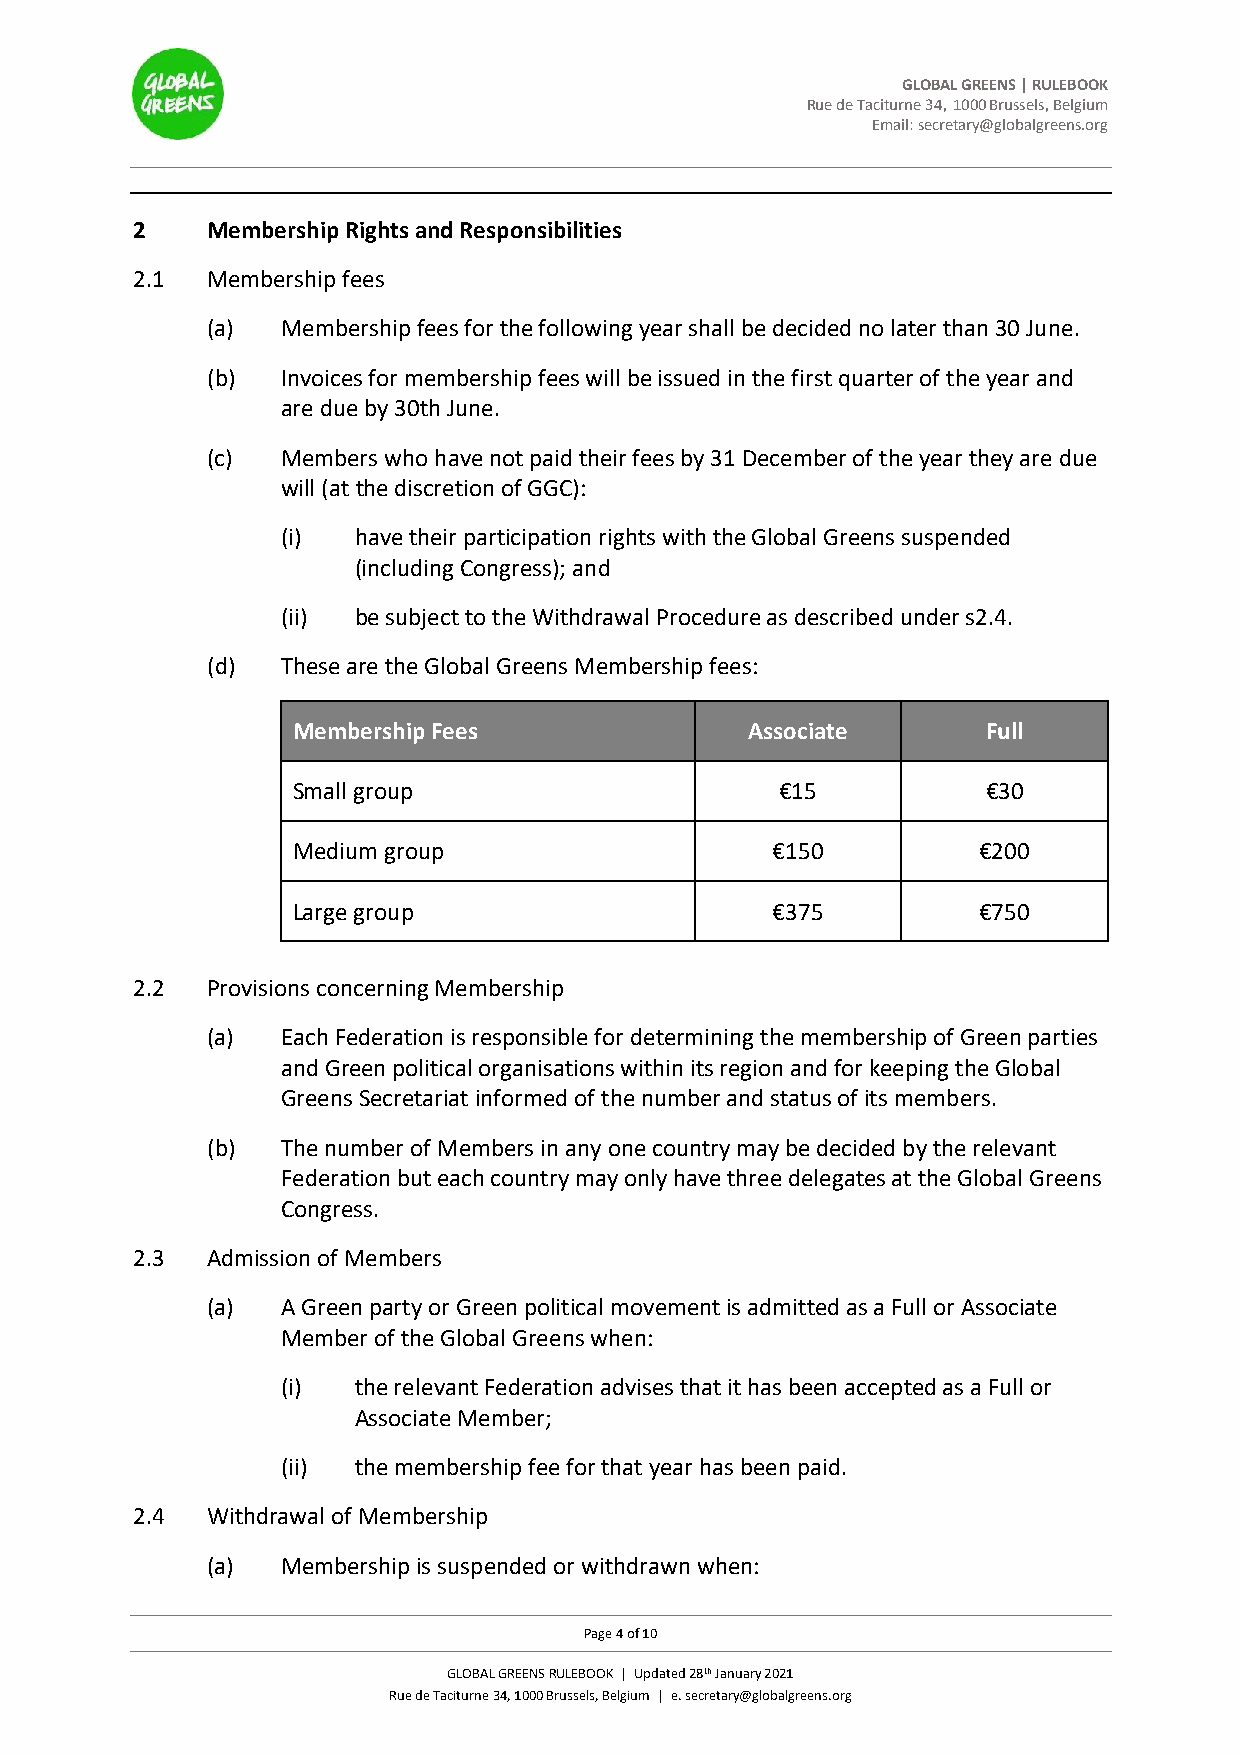
GLOBAL GREENS | RULEBOOK
 Rue de Taciturne 34, 1000 Brussels, Belgium
 Email: secretary@globalgreens.org
 2    Membership Rights and Responsibilities
 2.1  Membership fees
 (a)  Membership fees for the following year shall be decided no later than 30 June.
 (b)  Invoices for membership fees will be issued in the first quarter of the year and
 are due by 30th June.
 (c)  Members who have not paid their fees by 31 December of the year they are due
 will (at the discretion of GGC):
 (i) have their participation rights with the Global Greens suspended
 (including Congress); and
 (ii) be subject to the Withdrawal Procedure as described under s2.4.
 (d)  These are the Global Greens Membership fees:
 Membership Fees                Associate      Full
 Small group                      €15          €30
 Medium group                    €150          €200
 Large group                     €375          €750
 2.2  Provisions concerning Membership
 (a)  Each Federation is responsible for determining the membership of Green parties
 and Green political organisations within its region and for keeping the Global
 Greens Secretariat informed of the number and status of its members.
 (b)  The number of Members in any one country may be decided by the relevant
 Federation but each country may only have three delegates at the Global Greens
 Congress.
 2.3  Admission of Members
 (a)  A Green party or Green political movement is admitted as a Full or Associate
 Member of the Global Greens when:
 (i) the relevant Federation advises that it has been accepted as a Full or
 Associate Member;
 (ii) the membership fee for that year has been paid.
 2.4  Withdrawal of Membership
 (a)  Membership is suspended or withdrawn when:
 Page 4 of 10
 GLOBAL GREENS RULEBOOK | Updated 28th January 2021
 Rue de Taciturne 34, 1000 Brussels, Belgium | e. secretary@globalgreens.org